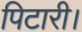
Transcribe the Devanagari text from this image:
पिटारी।